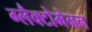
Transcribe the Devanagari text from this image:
ग्लैक्टोमेनन